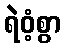
ရဲဝံ့စွာ